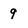
Character: 9